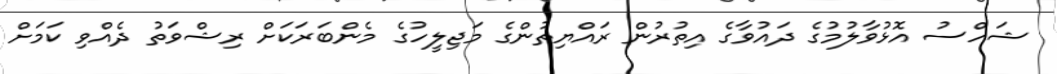
ޝަހްސު އޮޅުވާލުމުގެ ދައުވާގެ އިތުރުން ރައްޔިތުންގެ މަޖިލީހުގެ މެންބަރަކަށް ރިޝްވަތު ދެއްވި ކަމަށް